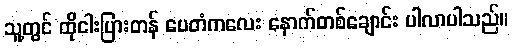
သူ့တွင် ထိုငါးပြားတန် ပေတံကလေး နောက်တစ်ချောင်း ပါလာပါသည်။